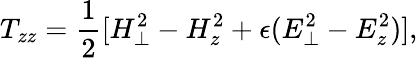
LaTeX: T_{zz}={\frac{1}{2}}[H_{\perp}^{2}-H_{z}^{2}+\epsilon(E_{\perp}^{2}-E_{z}^{2})],